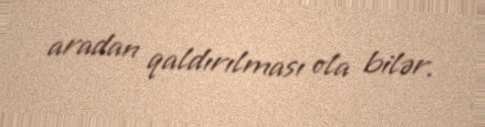
aradan qaldırılması ola bilər.